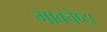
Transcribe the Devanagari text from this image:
भावचेष्टा